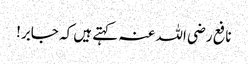
نافع رضی اللہ عنہ کہتے ہیں کہ جابر!